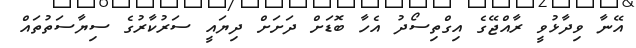
އޭނާ ވިދާޅުވީ ރާއްޖޭގެ އިގްތިސޯދު އެހާ ބޮޑަށް ދަށަށް ދިޔައީ ސަރުކާރުގެ ސިޔާސަތުތައް